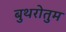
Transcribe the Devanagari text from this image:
बुथरोतुम